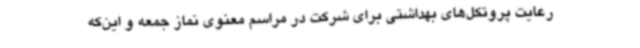
رعایت پروتکل‌های بهداشتی برای شرکت در مراسم معنوی نماز جمعه و این‌که